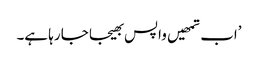
’اب تمھیں واپس بھیجا جا رہا ہے۔